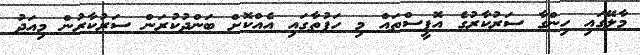
މާލޭގައި ހިންގާ ސަރުކާރުގެ އޮފީސްތައް މި ހަފުތާގައި އެއްކޮށް ބަންދުކުރަން ސަރުކާރުން މިއަދު